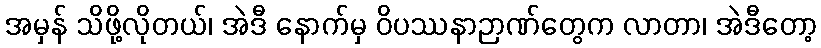
အမှန် သိဖို့လိုတယ်၊ အဲဒီ နောက်မှ ဝိပဿနာဉာဏ်တွေက လာတာ၊ အဲဒီတော့